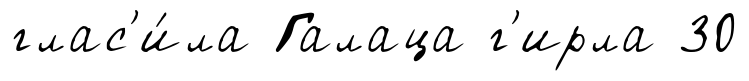
глас'и́ла Галаца г'ирла 30